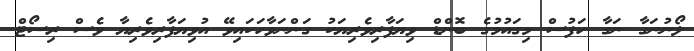
ލޯނުނަގާ ނަގާ ހަފުސް މިގައުމުގެ ބޮންޑް ވިޔަފާރިވެރިޔަކު ގަންނަވާހަކައިވޭ އުވިޔަފާރިވެރިޔާ ވެސް ރިސޯޓް